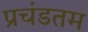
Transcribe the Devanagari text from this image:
प्रचंडतम